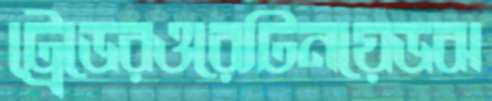
ট্রেডেরওরেটিনয়েডঝ